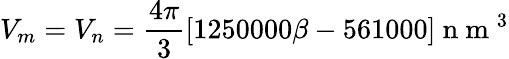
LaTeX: V_{m}=V_{n}=\frac{4\pi}{3}[1250000\beta-561000]\mathrm{~n~m~}^{3}